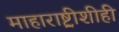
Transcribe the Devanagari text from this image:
माहाराष्ट्रीशीही